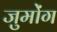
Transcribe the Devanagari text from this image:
जुमोंग